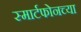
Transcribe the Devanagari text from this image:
स्मार्टफोनच्या